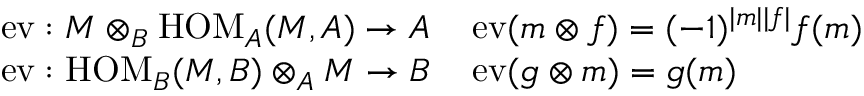
\begin{array} { r l } & { \operatorname { e v } : M \otimes _ { B } \operatorname { H O M } _ { A } ( M , A ) \to A \quad \operatorname { e v } ( m \otimes f ) = ( - 1 ) ^ { | m | | f | } f ( m ) } \\ & { \operatorname { e v } : \operatorname { H O M } _ { B } ( M , B ) \otimes _ { A } M \to B \quad \operatorname { e v } ( g \otimes m ) = g ( m ) } \end{array}